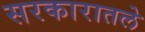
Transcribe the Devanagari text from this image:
सरकारातले